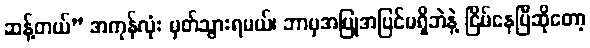
ဆန့်တယ်” အကုန်လုံး မှတ်သွားရမယ်၊ ဘာမှအပြုအပြင်မရှိဘဲနဲ့ ငြိမ်နေပြီဆိုတော့